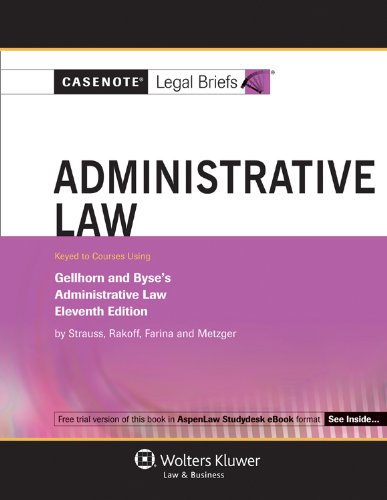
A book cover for Casenotes Legal Briefs: Administrative Law Keyed to Gellhorn & Byse, 11th Edition (Casenote Legal Briefs); Casenotes Legal Briefs; Law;